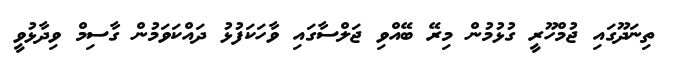
ތިނަދޫގައި ޖުމްހޫރީ ގުޅުމުން މިރޭ ބޭއްވި ޖަލްސާގައި ވާހަކަފުޅު ދައްކަވަމުން ގާސިމް ވިދާޅުވީ